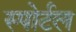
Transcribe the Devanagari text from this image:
स्पोर्टल